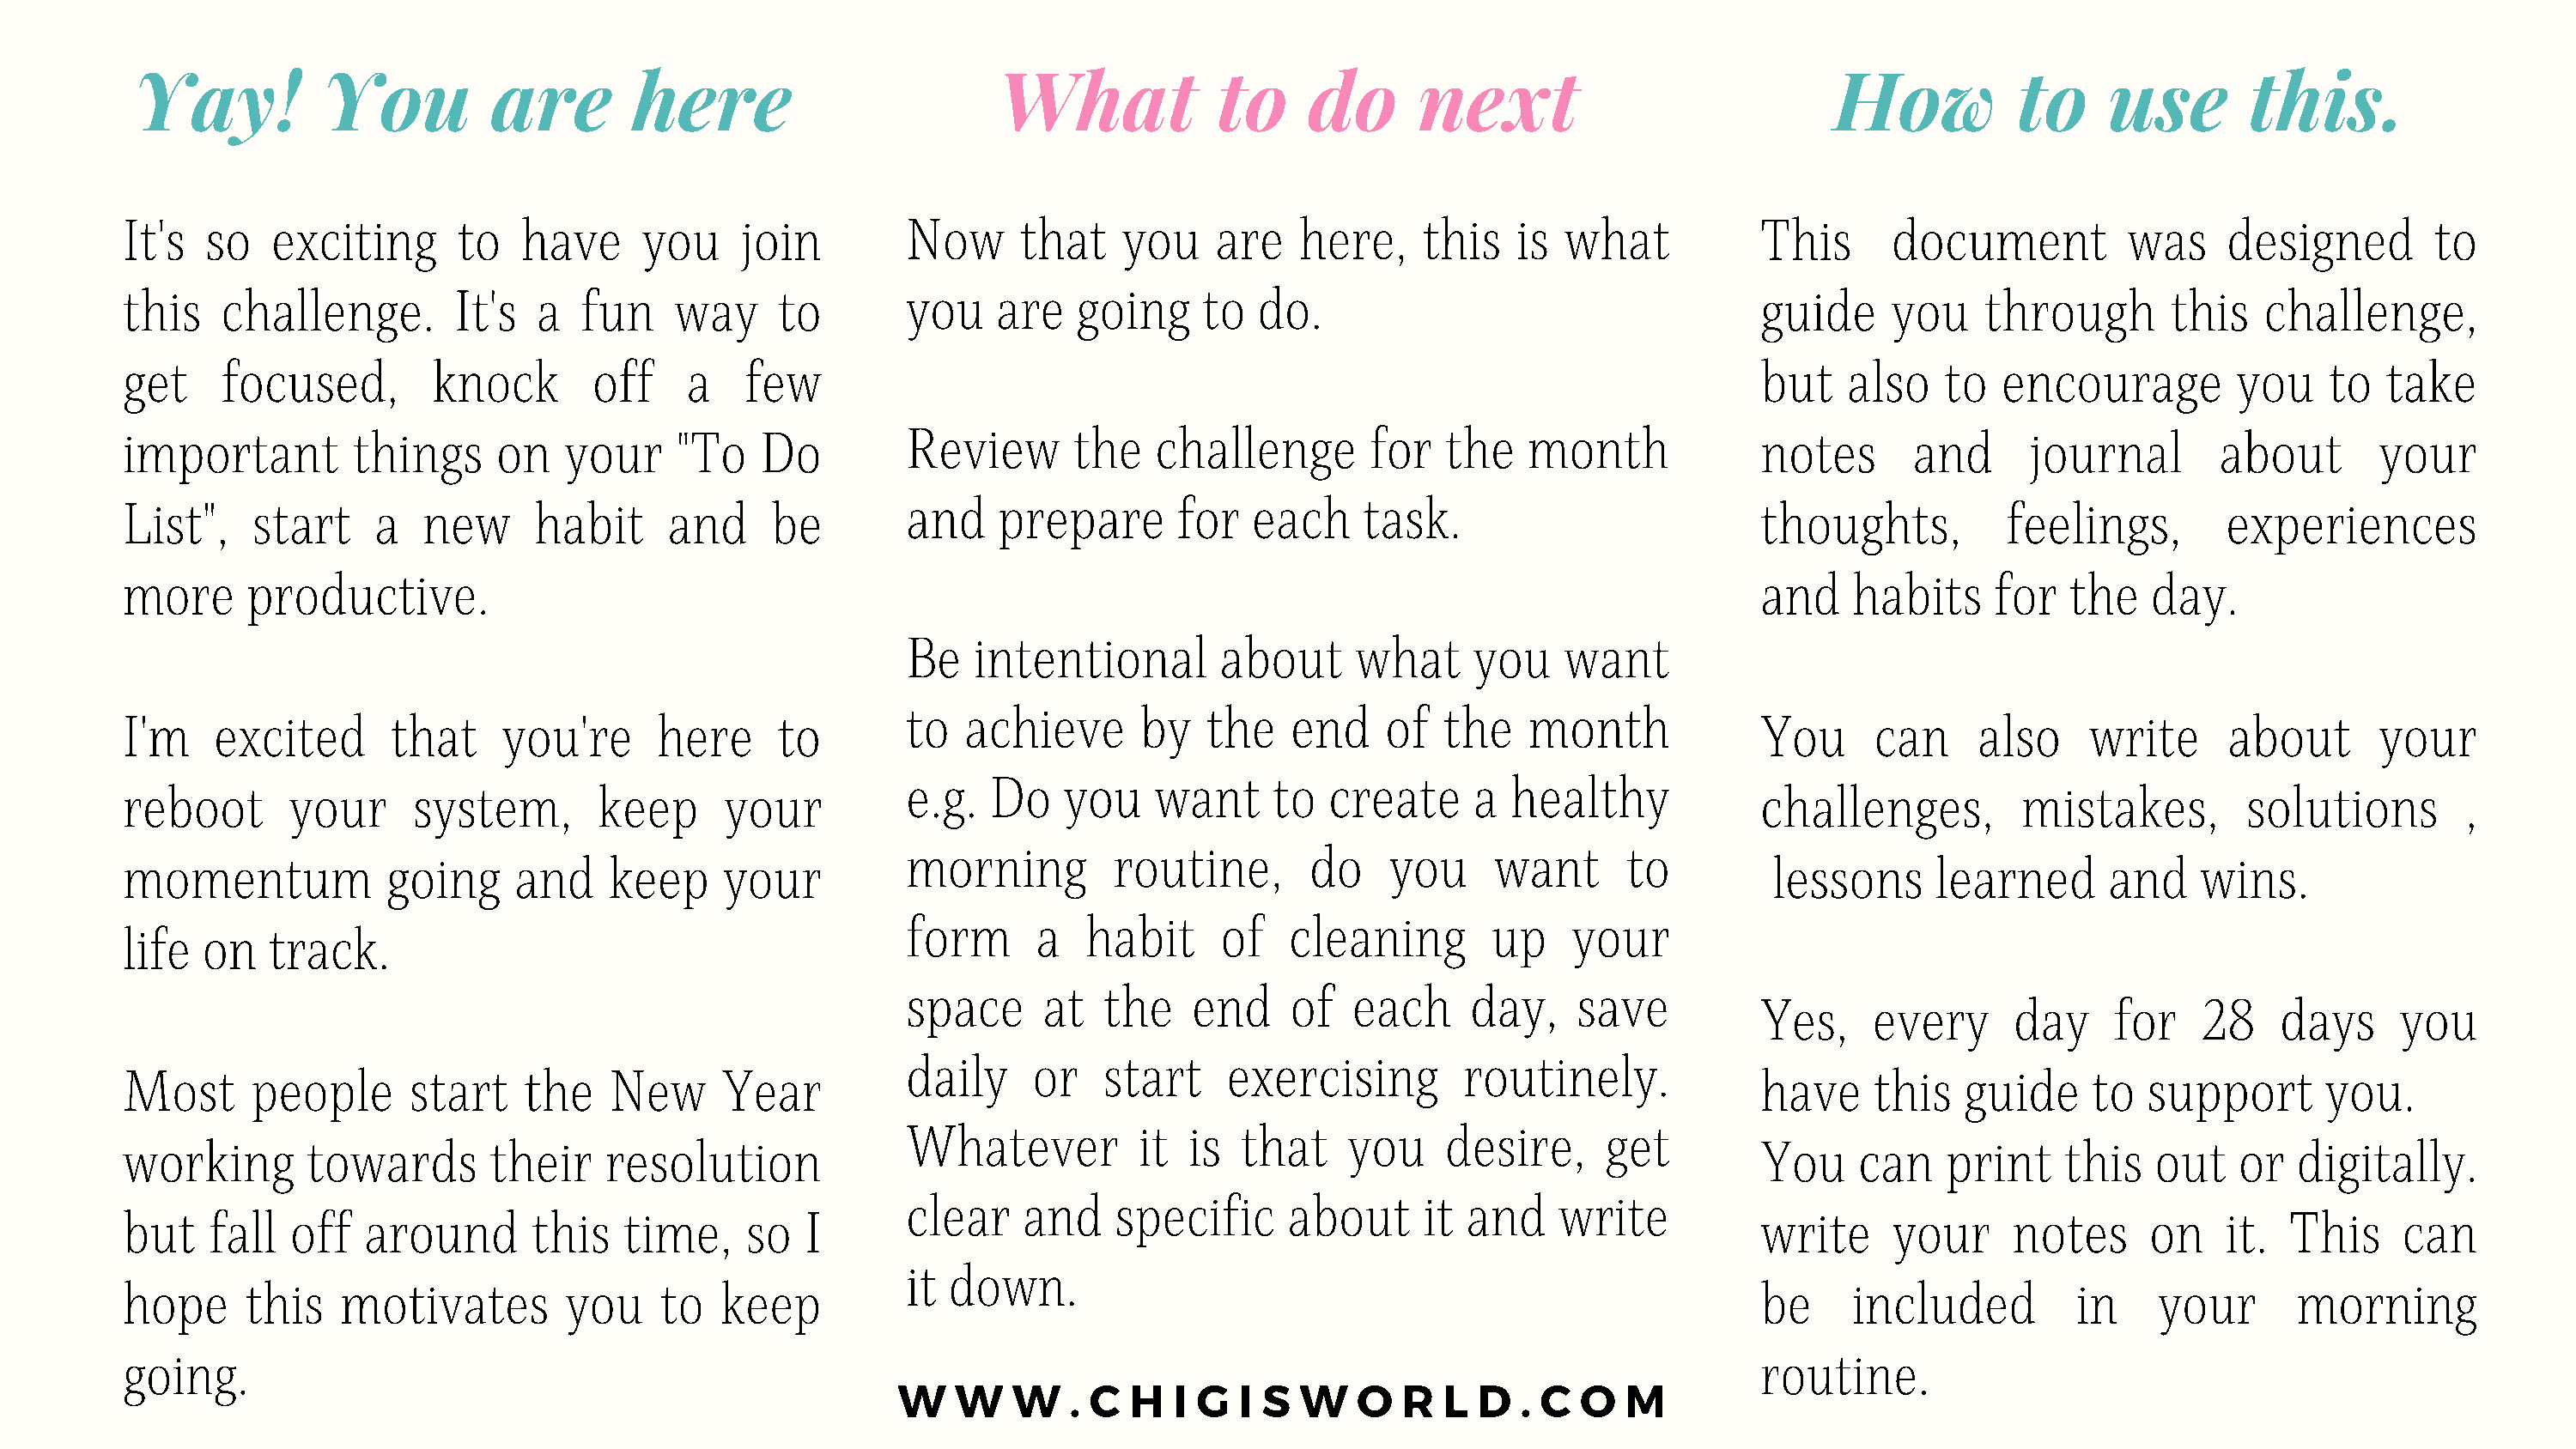
Yay!           You          are        here                        What             to     do      next                            How           to      use       this.
 It's   so   exciting      to   have      you    join         Now      that    you    are   here,     this   is  what           This      document          was     designed        to
 this    challenge.        It's  a   fun    way     to        you    are   going     to  do.                                    guide     you    through       this    challenge,
 get     focused,        knock        off    a   few                                                                            but   also    to  encourage         you     to  take
 important         things     on    your    "To    Do         Review       the   challenge        for  the    month             notes      and      journal        about       your
 List",    start     a   new     habit     and     be         and    prepare       for   each    task.                          thoughts,          feelings,        experiences
 more      productive.                                                                                                          and    habits     for   the   day.
 Be   intentional        about     what      you    want
 to  achieve       by   the    end    of  the    month
 I'm    excited       that     you're      here     to                                                                          You      can    also     write      about      your
 e.g.  Do    you    want     to  create      a healthy
 reboot       your      system,       keep      your                                                                            challenges,         mistakes,        solutions        ,
 morning         routine,       do    you     want      to
 momentum             going     and    keep     your                                                                             lessons     learned       and    wins.
 form      a   habit     of   cleaning        up    your
 life   on   track.
 space     at   the    end    of   each     day,     save
 Yes,    every      day     for    28    days     you
 daily     or   start     exercising        routinely.
 Most      people       start   the    New      Year                                                                            have    this   guide     to   support      you.
 Whatever          it  is  that    you    desire,      get
 working        towards       their    resolution                                                                               You    can    print    this   out    or  digitally.
 clear    and    specific     about      it and    write
 but    fall  off   around       this   time,    so   I                                                                         write     your     notes      on    it.  This    can
 it down.
 hope      this   motivates         you    to   keep                                                                            be     included         in    your       morning
 going.                                                                                                                         routine.
 W    W   W   . C  H  I G   I S W    O  R  L  D  . C  O  M